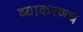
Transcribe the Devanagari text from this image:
व्याकरणच